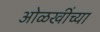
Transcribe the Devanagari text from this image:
ओळखींच्या